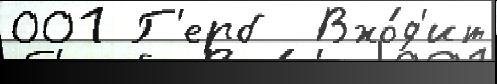
001 Г'ерб  Вхо́д'ит